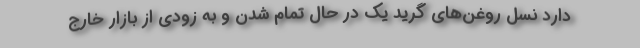
دارد نسل روغن‌های گرید یک در حال تمام شدن و به زودی از بازار خارج